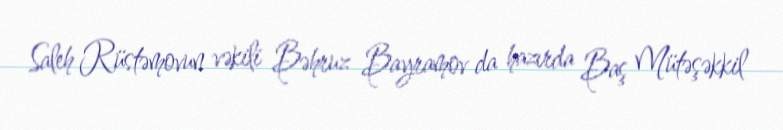
Saleh Rüstəmovun vəkili Bəhruz Bayramov da hazırda Baş Mütəşəkkil